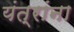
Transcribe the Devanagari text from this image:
यंत्रांना